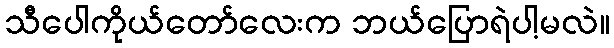
သီပေါကိုယ်တော်လေးက ဘယ်ပြောရဲပါ့မလဲ။